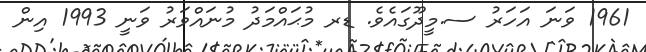
1961 ވަނަ އަހަރު ސ.މީދޫގައެވެ. ޑރ މުޙައްމަދު މުނައްވަރު ވަނީ 1993 އިން